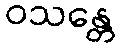
ဝသန္တေ